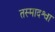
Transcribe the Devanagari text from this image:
तस्मादश्वा